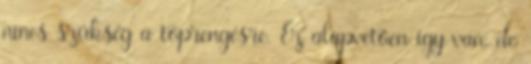
nincs szükség a töprengésre. Ez alapvetően így van, de